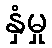
နှံမှု